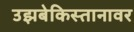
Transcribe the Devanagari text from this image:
उझबेकिस्तानावर